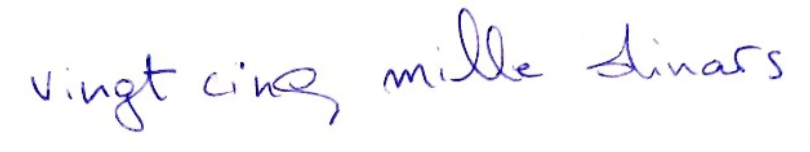
vingt cinq mille dinars